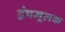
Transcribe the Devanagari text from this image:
द्वेषमूलक